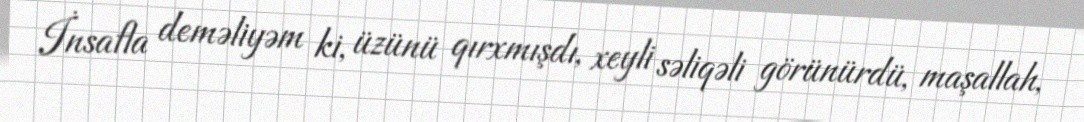
İnsafla deməliyəm ki, üzünü qırxmışdı, xeyli səliqəli görünürdü, maşallah,